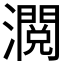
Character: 𱩶